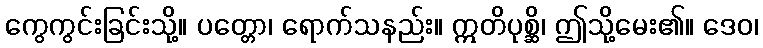
ကွေကွင်းခြင်းသို့။ ပတ္တော၊ ရောက်သနည်း။ ဣတိပုစ္ဆိ၊ ဤသို့မေး၏။ ဒေဝ၊